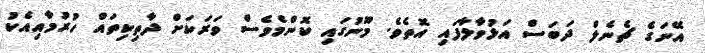
އޭނަގެ ޗެނެލް ދަބަސް އަޅުވާލާފައި އޮތެވެ. މޫނުގައި ކޮންމެވެސް ވަރަކަށް ދާތިކިތައް ހުރުމާއިއެކު